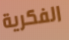
الفكرية